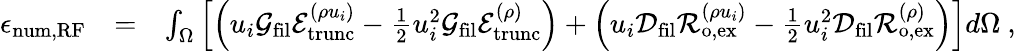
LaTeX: \begin{array}{rlr}{\epsilon_{\mathrm{num,RF}}}&{=}&{\int_{\Omega}\left[\left(u_{i}\mathcal{G}_{\mathrm{fil}}\mathcal{E}_{\mathrm{trunc}}^{(\rho u_{i})}-\frac{1}{2}u_{i}^{2}\mathcal{G}_{\mathrm{fil}}\mathcal{E}_{\mathrm{trunc}}^{(\rho)}\right)+\left(u_{i}\mathcal{D}_{\mathrm{fil}}\mathcal{R}_{\mathrm{o,ex}}^{(\rho u_{i})}-\frac{1}{2}u_{i}^{2}\mathcal{D}_{\mathrm{fil}}\mathcal{R}_{\mathrm{o,ex}}^{(\rho)}\right)\right]d\Omega\ ,}\end{array}